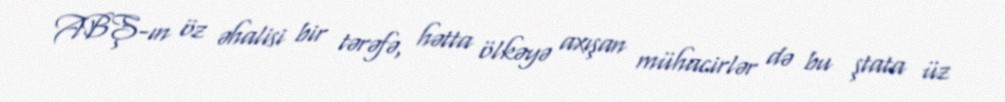
ABŞ-ın öz əhalisi bir tərəfə, hətta ölkəyə axışan mühacirlər də bu ştata üz